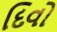
દિવો